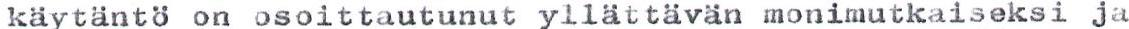
käytäntö on osoittautunut yllättävän monimutkaiseksi ja